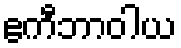
ဧကီဘာဝါယ